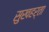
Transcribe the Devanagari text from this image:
सुखहर्ता